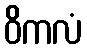
ဝိကလံ